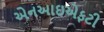
એનઆઇએફટી